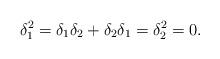
LaTeX: \begin{align*}\delta_{1}^{2} = \delta_{1}\delta_{2} + \delta_{2}\delta_{1} =\delta_{2}^{2} = 0.\end{align*}